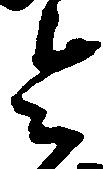
令